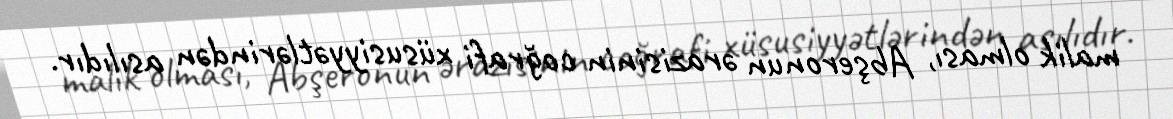
malik olması, Abşeronun ərazisinin coğrafi xüsusiyyətlərindən asılıdır.